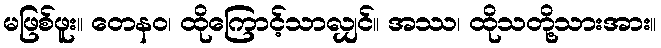
မဖြစ်ဖူး။ တေနဝ၊ ထိုကြောင့်သာလျှင်။ အဿ၊ ထိုသတို့သားအား။